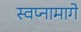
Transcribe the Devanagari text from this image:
स्वप्नामागे